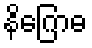
နိဂြောဓ